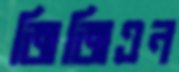
জিজিএন